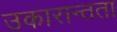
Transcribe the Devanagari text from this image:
उकारान्तता